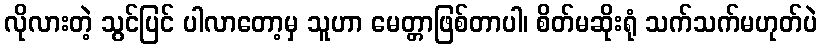
လိုလားတဲ့ သွင်ပြင် ပါလာတော့မှ သူဟာ မေတ္တာဖြစ်တာပါ၊ စိတ်မဆိုးရုံ သက်သက်မဟုတ်ပဲ